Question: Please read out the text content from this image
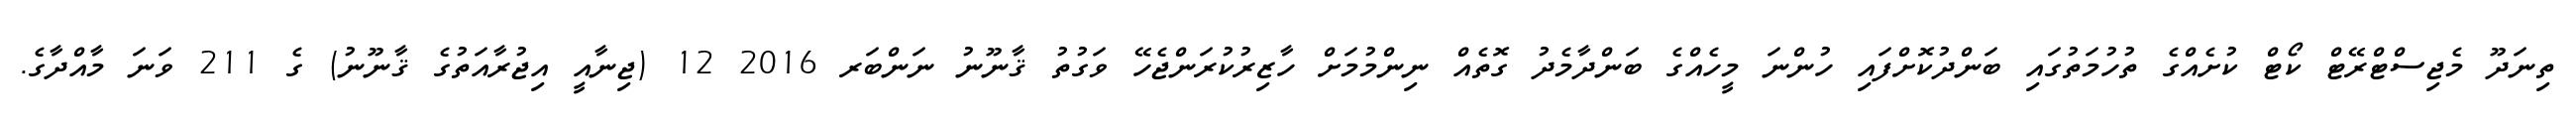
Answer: ތިނަދޫ މެޖިސްޓްރޭޓް ކޯޓް ކުށެއްގެ ތުހުމަތުގައި ބަންދުކޮށްފައި ހުންނަ މީހެއްގެ ބަންދާމެދު ގޮތެއް ނިންމުމަށް ހާޒިރުކުރަންޖެހޭ ވަގުތު ޤާނޫނު ނަންބަރ 2016 12 (ޖިނާއީ އިޖުރާއަތުގެ ޤާނޫނު) ގެ 211 ވަނަ މާއްދާގެ.